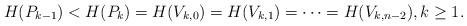
LaTeX: \begin{align*} H(P_{k-1})<H(P_{k})=H(V_{k,0})=H(V_{k,1})=\cdots=H(V_{k,n-2}), k\geq 1.\end{align*}